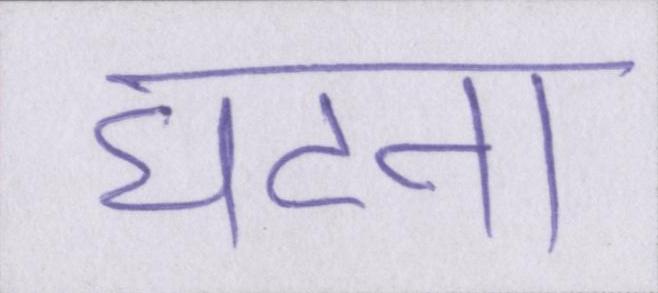
घटना